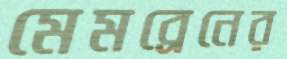
মেমব্রেনের